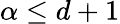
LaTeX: \alpha\leq d+1